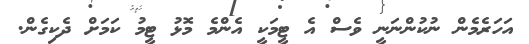
އަހަރެމެން ނުކުންނަނީ ވެސް އެ ޓީމަކީ އެންމެ މޮޅު ޓީމު ކަމަށް ދެކިގެން.